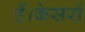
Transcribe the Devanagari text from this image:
हैं।केसरों